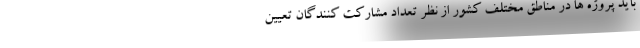
باید پروژه ها در مناطق مختلف کشور از نظر تعداد مشارکت کنندگان تعیین